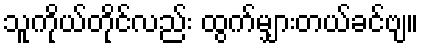
သူကိုယ်တိုင်လည်း ထွက်မျှားတယ်ခင်ဗျ။